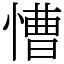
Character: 慒